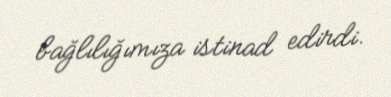
bağlılığımıza istinad edirdi.